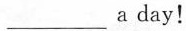
___a day！